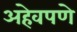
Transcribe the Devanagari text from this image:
अहेवपणे